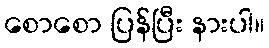
စောစော ပြန်ပြီး နားပါ။